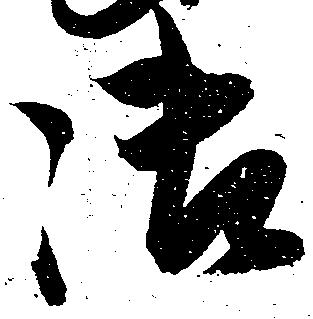
御